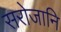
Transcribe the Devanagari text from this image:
सरोजानि